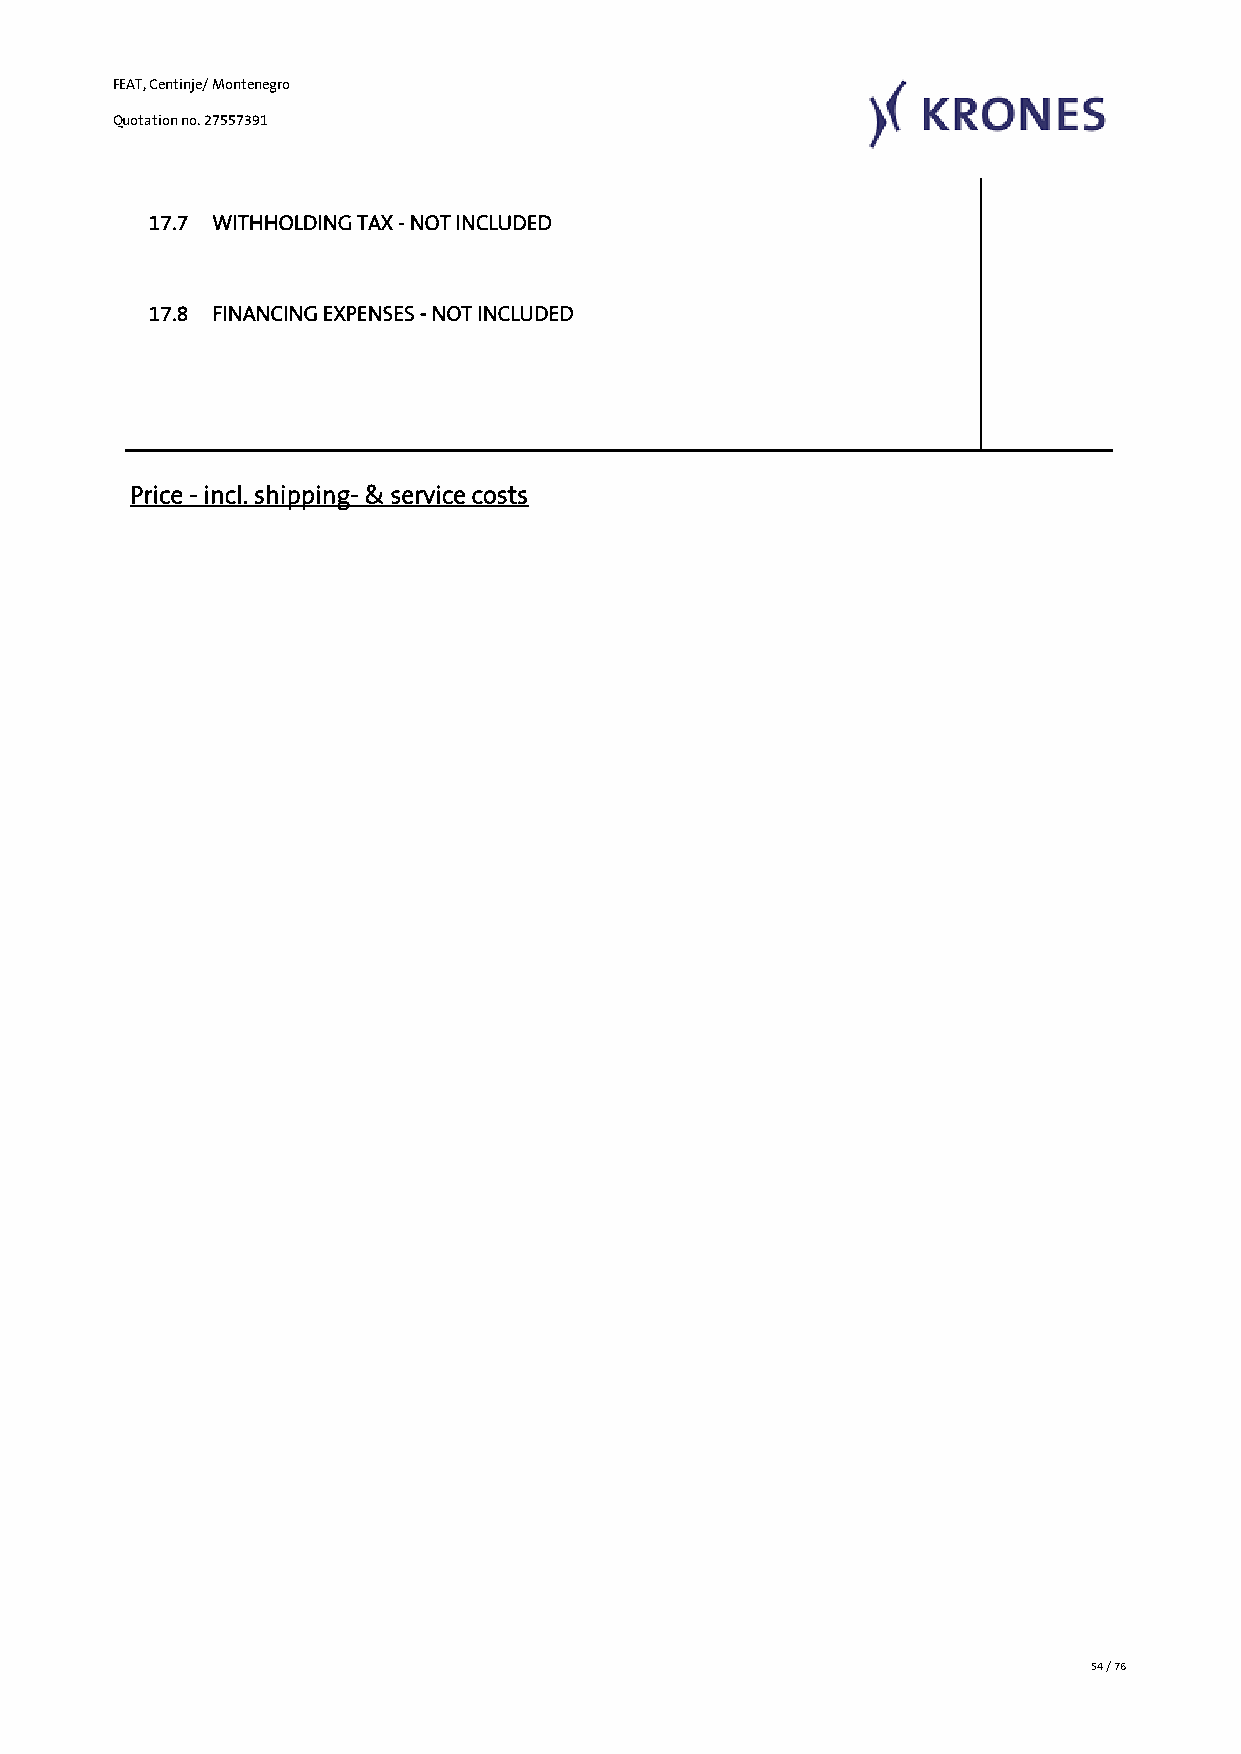
FEAT, Centinje/ Montenegro
 Quotation no. 27557391
 17.7 WITHHOLDING TAX - NOT INCLUDED
 17.8 FINANCING EXPENSES - NOT INCLUDED
 Price - incl. shipping- & service costs
 54 / 76